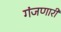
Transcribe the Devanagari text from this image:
गंजणारी